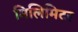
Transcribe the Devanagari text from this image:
मिलिमिटर